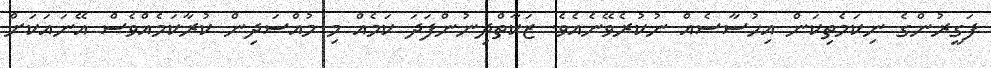
ފަގީރުންގެ ނިކަމެތިކަން އިހުސާސެއް ނުކުރެވޭނެއެވެ. ޒަކާތްދިނުންފަދަ ކަމެއް މި މުއްސަދިން ކުރާކަމެއްވެސް އޭނައަކަށް